system: You are a helpful assistant.
user:
Analyze the provided spectrum to determine if it is a **M-type Giant (gM)**.

A M-type Giant spectrum is defined by its **strong molecular absorption** features, particularly from **Titanium Oxide (TiO)**. You must check for one of the following mutually exclusive signatures:

- **Key Visual Indicators (Absorption-Dominated Spectrum):**

    - **(Primary):** The spectrum is dominated by strong molecular absorption from **Titanium Oxide (TiO)**. This is the **defining feature** of its M-type temperature class.
        - **(Key Bandheads):** Look for sharp, "saw-tooth" absorption valleys. The strongest are located near **~7050 Å**, **~6160 Å**, and **~5170 Å**.
        - **(Line Profile):** The "saw-tooth" morphology is critical: a **sharp, steep drop on the BLUE (short-wavelength) side** of the bandhead, followed by a gradual recovery (rising flux) towards the RED (long-wavelength) side.

    - **(Key Confirmation - Giant vs. Dwarf):** **ABSENCE** of strong **Calcium Hydride (CaH)** molecular bands. This is the primary diagnostic for *excluding* M-dwarfs.
        - **(Key Region):** The spectrum should lack the strong, broad absorption band seen in dwarfs between **~6800 Å and ~7000 Å**.

    - **(Secondary Confirmation - Giant):** A very strong and broad **Neutral Calcium (Ca I)** atomic absorption line.
        - **(Key Line):** Located at **~4226 Å**. In a giant (gM), this line is significantly deeper and broader than the same line in an M-dwarf (dM) due to low surface gravity.

    - **(Overall Spectrum):**
        - The continuum is **extremely red-sloping** (i.e., flux is very low in the blue and rises dramatically towards the red).
        - The entire spectrum appears "chopped up" by the deep TiO bands.

Think first, call **spectral_visualization_tool** if needed to examine features in detail, then provide your final answer. Your response must adhere to the following strict rules:
1.  **Overall Structure:** Your response must follow the format `<think>...</think> <tool_call>...</tool_call> (if a tool is used) <answer>...</answer>`.
2.  **Tool Usage Constraint:** You may only make **one** tool call per turn.
3.  **Final Answer Format:** In the `<answer>` tag, your conclusion must be inside a `\boxed{}` command (e.g., `\boxed{YES}` or `\boxed{NO}`), followed by your justification.

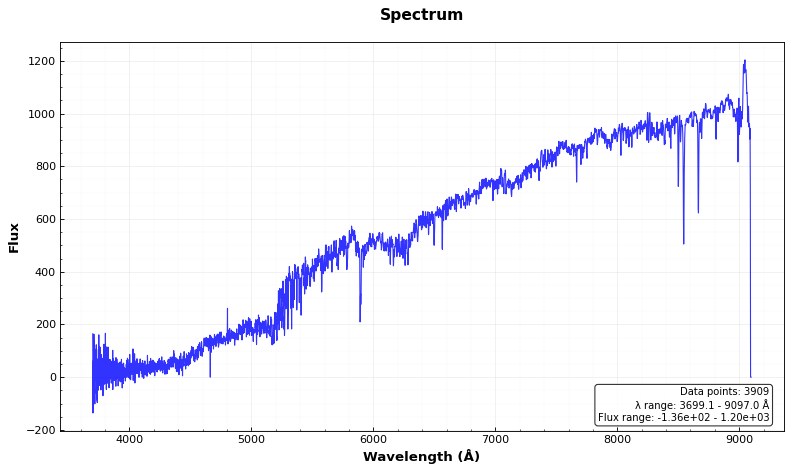
Answer: YES